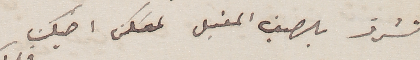
تشرف بالصيف المقبل  لمسكن  اخيك